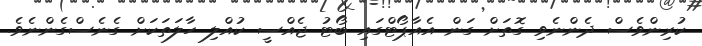
ކުރިންވެސް ދެންނެވި ގޮތަށް ގަން އެއާޕޯޓްގައި ބޯޓު ޖެއްސީ ކުއްލި ހާލަތަކަށް ގެނެސްގެންނެވެ.